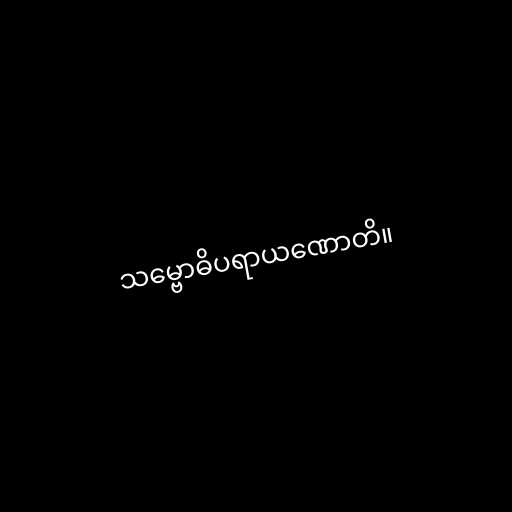
သမ္ဗောဓိပရာယဏောတိ။